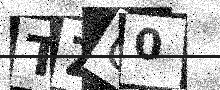
Text: TZG0